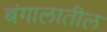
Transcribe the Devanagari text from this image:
बंगालातील